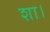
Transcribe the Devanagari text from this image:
शा।